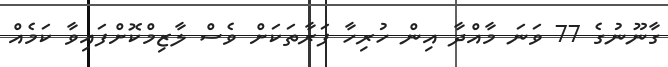
ގާނޫނުގެ 77 ވަނަ މާއްދާ އިން ހުރިހާ ފަރާތަކަށް ވެސް ލާޒިމްކޮށްފައިވާ ކަމެއް